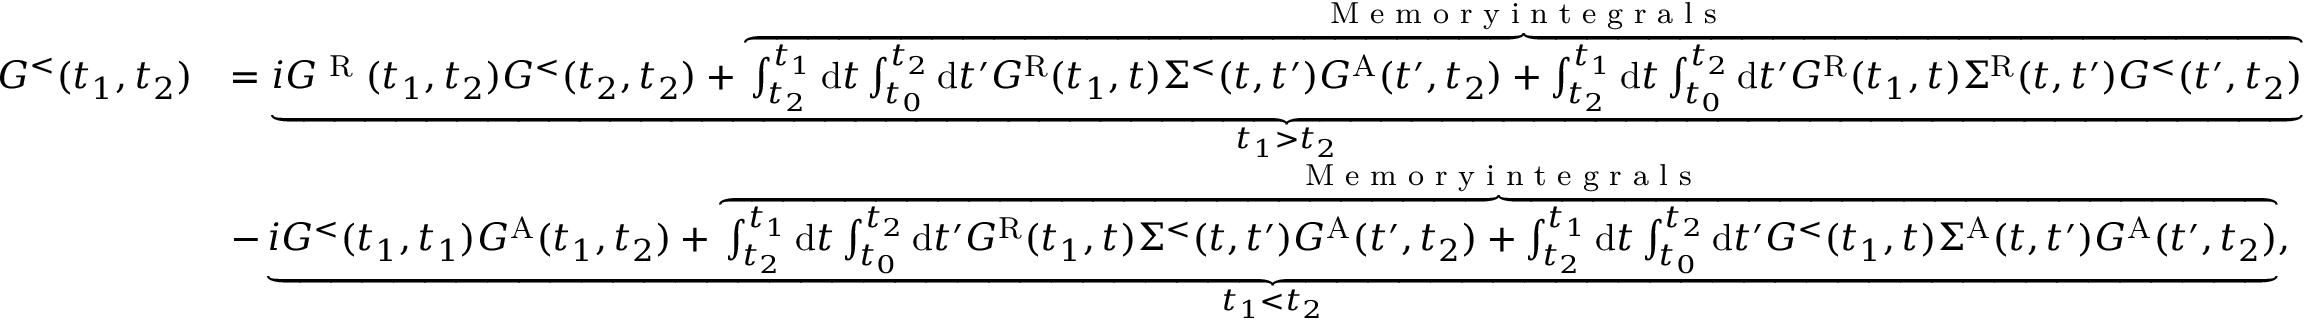
\begin{array} { r l } { G ^ { < } ( t _ { 1 } , t _ { 2 } ) } & { = \underbrace { i G ^ { \textrm { R } } ( t _ { 1 } , t _ { 2 } ) G ^ { < } ( t _ { 2 } , t _ { 2 } ) + \overbrace { \int _ { t _ { 2 } } ^ { t _ { 1 } } \mathrm { d } t \int _ { t _ { 0 } } ^ { t _ { 2 } } \mathrm { d } t ^ { \prime } G ^ { \mathrm { R } } ( t _ { 1 } , t ) \Sigma ^ { < } ( t , t ^ { \prime } ) G ^ { \mathrm { A } } ( t ^ { \prime } , t _ { 2 } ) + \int _ { t _ { 2 } } ^ { t _ { 1 } } \mathrm { d } t \int _ { t _ { 0 } } ^ { t _ { 2 } } \mathrm { d } t ^ { \prime } G ^ { \mathrm { R } } ( t _ { 1 } , t ) \Sigma ^ { \mathrm { R } } ( t , t ^ { \prime } ) G ^ { < } ( t ^ { \prime } , t _ { 2 } ) } ^ { \textrm { M e m o r y i n t e g r a l s } } } _ { t _ { 1 } > t _ { 2 } } } \\ & { - \underbrace { i G ^ { < } ( t _ { 1 } , t _ { 1 } ) G ^ { \mathrm { A } } ( t _ { 1 } , t _ { 2 } ) + \overbrace { \int _ { t _ { 2 } } ^ { t _ { 1 } } \mathrm { d } t \int _ { t _ { 0 } } ^ { t _ { 2 } } \mathrm { d } t ^ { \prime } G ^ { \mathrm { R } } ( t _ { 1 } , t ) \Sigma ^ { < } ( t , t ^ { \prime } ) G ^ { \mathrm { A } } ( t ^ { \prime } , t _ { 2 } ) + \int _ { t _ { 2 } } ^ { t _ { 1 } } \mathrm { d } t \int _ { t _ { 0 } } ^ { t _ { 2 } } \mathrm { d } t ^ { \prime } G ^ { < } ( t _ { 1 } , t ) \Sigma ^ { \mathrm { A } } ( t , t ^ { \prime } ) G ^ { \mathrm { A } } ( t ^ { \prime } , t _ { 2 } ) } ^ { \textrm { M e m o r y i n t e g r a l s } } } _ { t _ { 1 } < t _ { 2 } } , } \end{array}